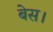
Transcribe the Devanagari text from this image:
बेस।